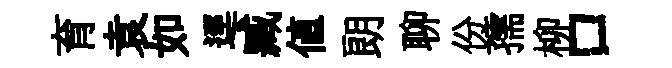
育袁如逕臧值朗聊份孺柳口